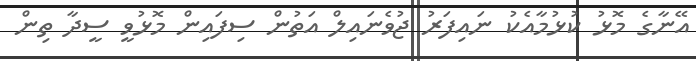
އޭނާގެ މޮޅު ކުޅުމާއެކު ނައިފަރު ޖުވެނައިލް އަތުން ސިފައިން މޮޅުވީ ސީދާ ތިން